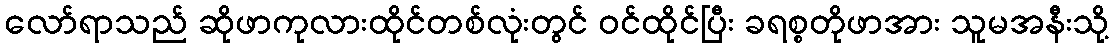
လော်ရာသည် ဆိုဖာကုလားထိုင်တစ်လုံးတွင် ဝင်ထိုင်ပြီး ခရစ္စတိုဖာအား သူမအနီးသို့